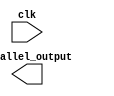
module left_rotate8 (input wire clk, output wire [7:0] parallel_output);
	
endmodule